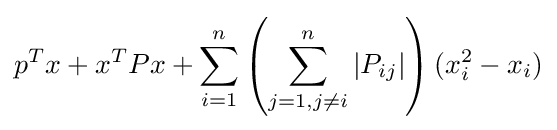
p^{T}x+x^{T}Px+\sum _{i=1}^{n}\left(\sum _{j=1,j\neq i}^{n}|P_{ij}|\right)(x_{i}^{2}-x_{i})